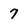
Character: 7